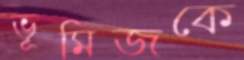
ভূমিজকে